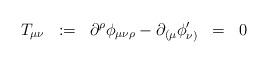
\begin{align*}T_{\mu\nu} \;\; :=\;\; \partial^{\rho} \phi_{\mu\nu\rho} - \partial_{( \mu} \phi^{\prime}_{\nu )} \;\; =\;\; 0\end{align*}